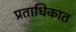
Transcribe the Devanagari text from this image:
प्रताधिकात